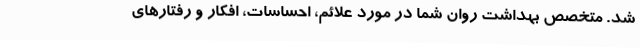
شد. متخصص بهداشت روان شما در مورد علائم، احساسات، افکار و رفتارهای